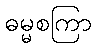
ဓမ္မစကြာ